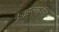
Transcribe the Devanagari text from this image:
कुतूहलसर्जना